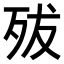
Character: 𣧧